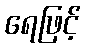
ရေဖြင့်